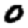
Digit: 0